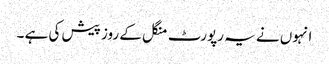
انہوں نے یہ رپورٹ منگل کے روز پیش کی ہے ۔